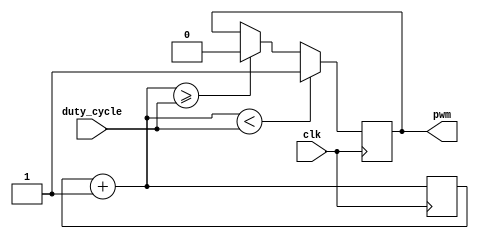
/*****************************************************************************
* PWM generating module, uses duty cycle value from duty_cycle module
******************************************************************************/
module pwm_gen
    (
        input clk,
        input[2:0] duty_cycle,
        output reg pwm
    );

    reg[2:0] count;

    initial
        begin
            count = 3'b000;
            pwm = 1'b0;
        end

    always @(posedge clk)
        begin
            count = count+1'b1;
            if (count < duty_cycle)
                pwm = 1'b1;
            else if (count >= duty_cycle)
                pwm = 1'b0;
        end

endmodule